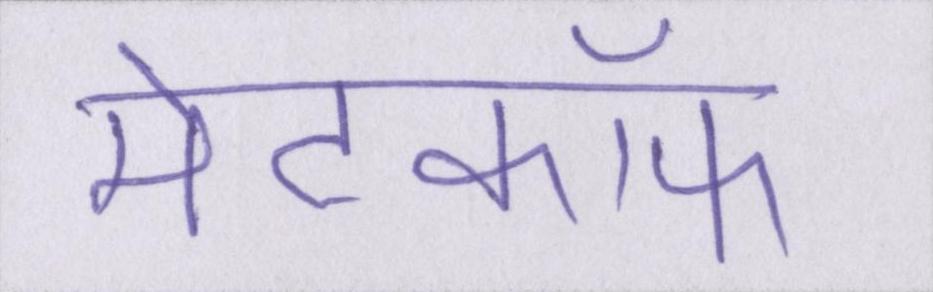
मेटकॉफ